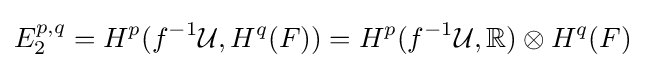
E_{2}^{p,q}=H^{p}(f^{-1}{\mathcal {U}},H^{q}(F))=H^{p}(f^{-1}{\mathcal {U}},\mathbb {R} )\otimes H^{q}(F)